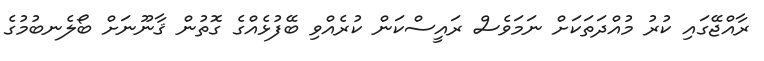
ރާއްޖޭގައި ކުރު މުއްދަތަކަށް ނަމަވެސް ރައީސްކަން ކުރެއްވި ބޭފުޅެއްގެ ގޮތުން ޤާނޫނަށް ބޯލެނބުމުގެ